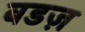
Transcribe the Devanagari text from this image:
बडज़